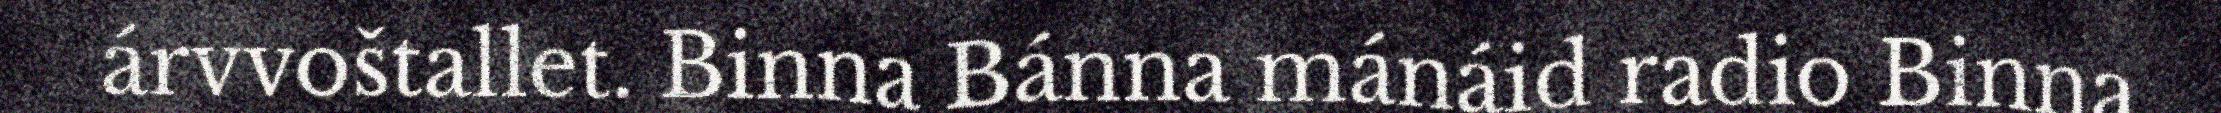
árvvoštallet. Binna Bánna mánáid radio Binna